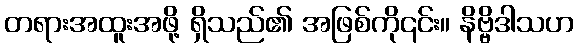
တရားအထူးအဖို့ ရှိသည်၏ အဖြစ်ကို၎င်း။ နိဗ္ဗိဒါသဟ